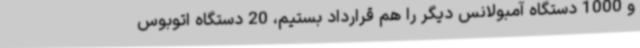
و 1000 دستگاه آمبولانس دیگر را هم قرارداد بستیم، 20 دستگاه اتوبوس